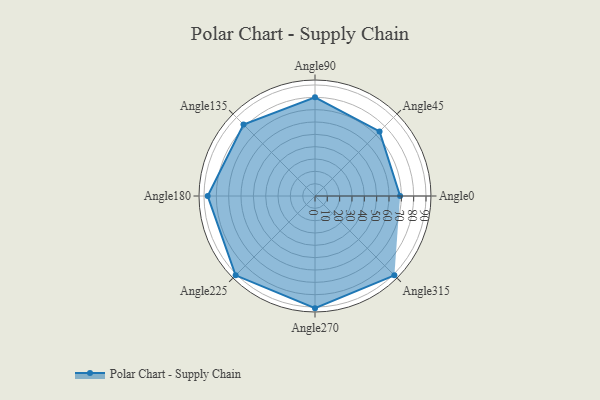
{"axis": {"x": "Angle", "y": "Radius"}, "legend": [""], "data": [{"x": "Angle0", "y": 69.0, "type": ""}, {"x": "Angle45", "y": 74.0, "type": ""}, {"x": "Angle90", "y": 80.0, "type": ""}, {"x": "Angle135", "y": 82.0, "type": ""}, {"x": "Angle180", "y": 87.0, "type": ""}, {"x": "Angle225", "y": 91.0, "type": ""}, {"x": "Angle270", "y": 91.0, "type": ""}, {"x": "Angle315", "y": 91.0, "type": ""}]}